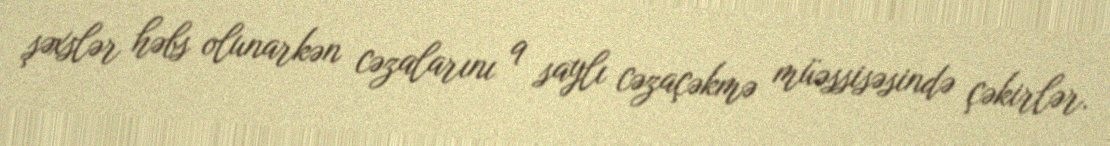
şəxslər həbs olunarkən cəzalarını 9 saylı cəzaçəkmə müəssisəsində çəkirlər.